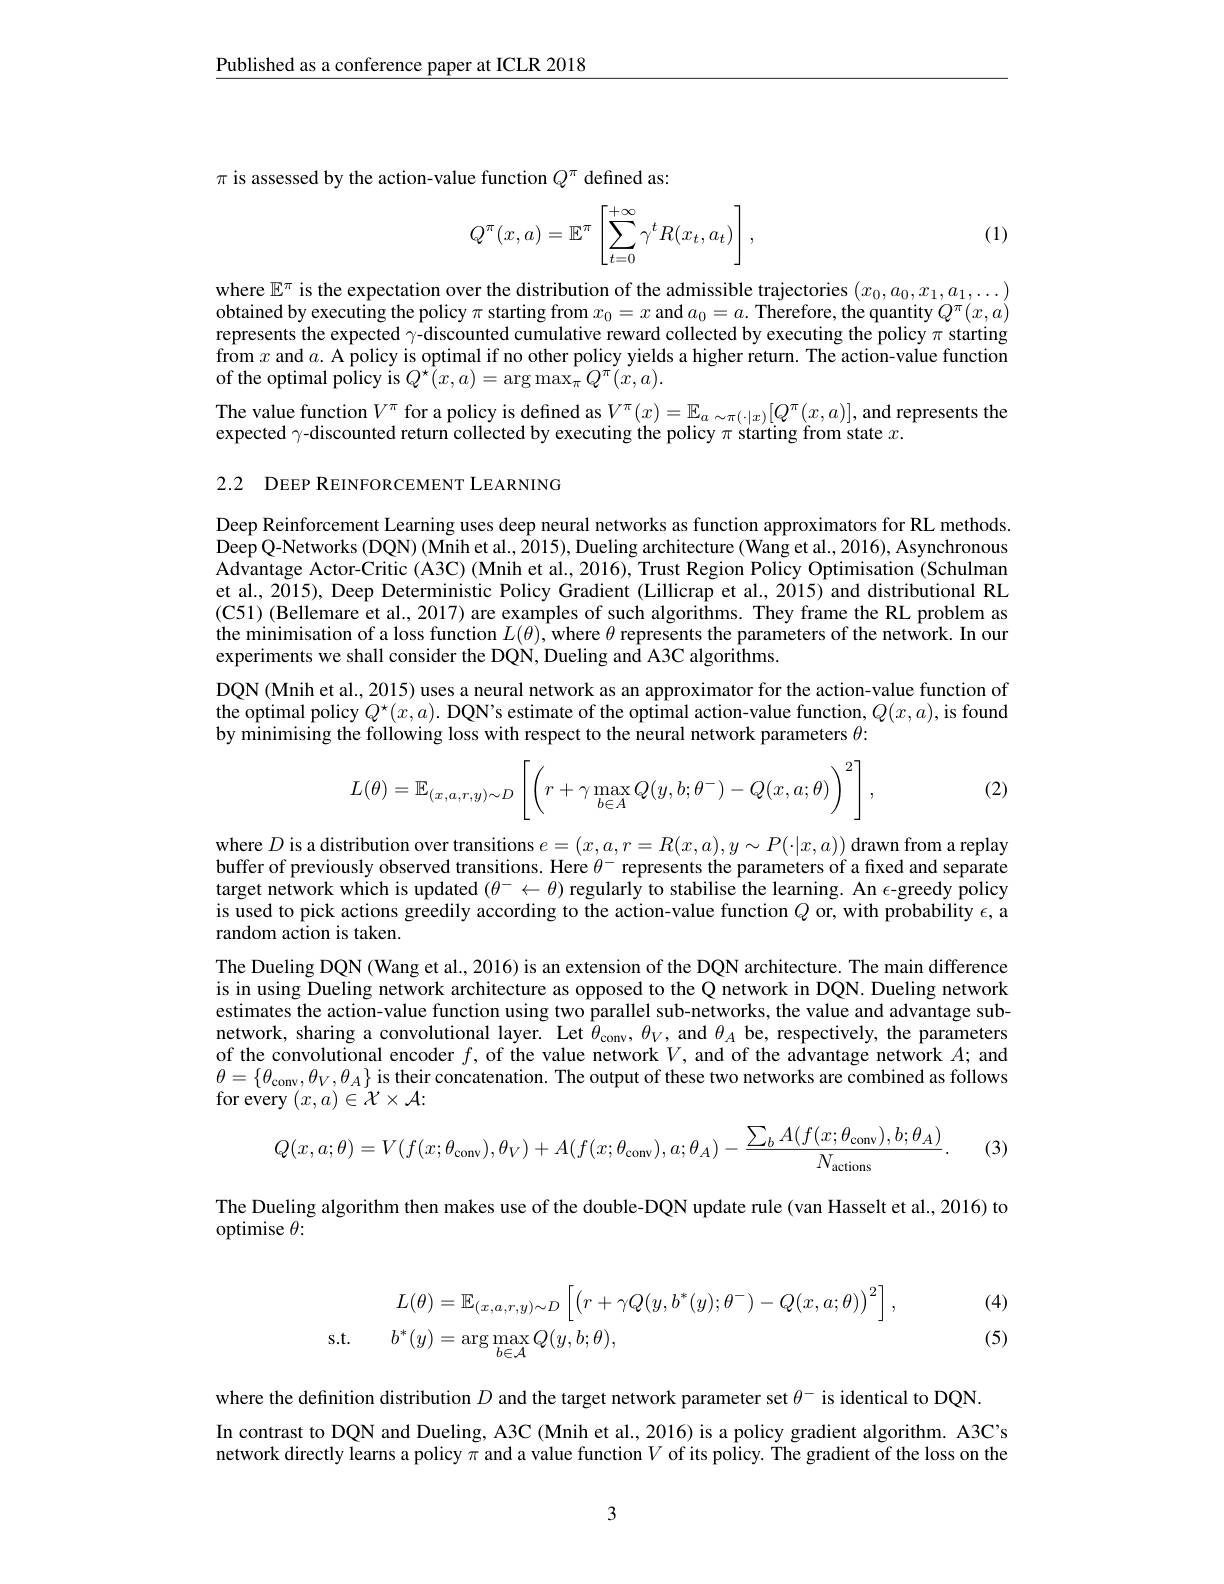
$\underline{\text{Published as a conference paper at ICLR 2018}}$

$\pi$ is assessed by the action-value function $Q^\pi$ defined as:
$$Q^\pi(x,a)=\mathbb{E}^\pi\left[\sum_{t=0}^{+\infty}\gamma^tR(x_t,a_t)\right],$$
(1)

where $\mathbb{E}^\pi$ is the expectation over the distribution of the admissible trajectories $(x_0,a_0,x_1,a_1,\ldots)$ obtained by executing the policy $\pi$ starting from $x_0=x$ and $a_0=a.$ Therefore, the quantity $Q^\pi(x,a)$ represents the expected $\gamma$-discounted cumulative reward collected by executing the policy $\pi$ starting from $x$ and $a.$ A policy is optimal if no other policy yields a higher return. The action-value function of the optimal policy is $Q^{\star}(x,a)=\arg\max_{\pi}Q^{\pi}(x,a).$
The value function $V^\pi$ for a policy is defined as $V^\pi(x)=\mathbb{E}_a\sim\pi(\cdot|x)[Q^\pi(x,a)]$, and represents the

expected $\gamma$-discounted return collected by executing the policy $\pi$ starting from state $x.$

2.2 DEEP REINFORCEMENT LEARNING

Deep Reinforcement Learning uses deep neural networks as function approximators for RL methods DeepQ-Networks (DQN) (Mnihet al., 2015), Dueling architecture (Wang et al., 2016), Asynchronous Advantage Actor-Critic (A3C) (Mnih et al., 2016), Trust Region Policy Optimisation (Schulman et al., 2015), Deep Deterministic Policy Gradient (Lillicrap et al., 2015) and distributional RL (C51) (Bellemare et al., 2017) are examples of such algorithms. They frame the RL problem as the minimisation of a loss function $L(\theta)$,where $\theta$ represents the parameters of the network. In our experiments we shall consider the DQN, Dueling and A3C algorithms.
DQN(Mnih et al., 2015) uses a neural network as an approximator for the action-value function of the optimal policy $Q^\star(x,a).$ DQN's estimate of the optimal action-value function, $Q(x,a)$, is found by minimising the following loss with respect to the neural network parameters $\theta:$
$$L(\theta)=\mathbb{E}_{(x,a,r,y)\sim D}\left[\left(r+\gamma\max\limits_{b\in A}Q(y,b;\theta^-)-Q(x,a;\theta)\right)^2\right],$$
(2)

where $D$ is a distribution over transitions $e=(x,a,r=R(x,a),y\sim P(\cdot|x,a))$ drawn from a replay buffer of previously observed transitions. Here $\theta^-$ represents the parameters of a fixed and separate target network which is updated $(\theta^-\leftarrow\theta)$ regularly to stabilise the learning. An $\epsilon$-greedy policy is used to pick actions greedily according to the action-value function $Q$ or, with probability $\epsilon$, a random action is taken.
The Dueling DQN (Wang et al., 2016) is an extension of the DQN architecture. The main difference is in using Dueling network architecture as opposed to the Q network in DQN. Dueling network estimates the action-value function using two parallel sub-networks, the value and advantage subnetwork, sharing a convolutional layer. Let $\theta_\mathrm{conv},\theta_V$, and $\theta_A$ be, respectively, the parameters of the convolutional encoder $f$, of the value network $V$, and of the advantage network $A;$ and $\theta=\{\theta_{\mathrm{conv}},\theta_V,\theta_A\}$ is their concatenation. The output of these two networks are combined as follows for every $(x,a)\in{\dot{\mathcal{X}}}\times{\mathcal{A}}$
$$Q(x,a;\theta)=V(f(x;\theta_{\mathrm{conv}}),\theta_{V})+A(f(x;\theta_{\mathrm{conv}}),a;\theta_{A})-\frac{\sum_{b}A(f(x;\theta_{\mathrm{conv}}),b;\theta_{A})}{N_{\mathrm{actions}}}.$$
(3)

The Dueling algorithm then makes use of the double-DQN update rule (van Hasselt et al., 2016) to
optimise $\theta:$

(4)
$$\begin{aligned}&L(\theta)=\mathbb{E}_{(x,a,r,y)\sim D}\left[\left(r+\gamma Q(y,b^{*}(y);\theta^{-})-Q(x,a;\theta)\right)^{2}\right],\\\mathrm{s.t.}&b^{*}(y)=\arg\max_{b\in\mathcal{A}}Q(y,b;\theta),\end{aligned}$$
(5)

where the definition distribution $D$ and the target network parameter set $\theta^-$ is identical to DQN.
In contrast to DQN and Dueling, A3C (Mnih et al., 2016) is a policy gradient algorithm. A3C's network directly learns a policy $\pi$ and a value function $V$ of its policy. The gradient of the loss on the

3